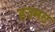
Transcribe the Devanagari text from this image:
हज्मट